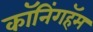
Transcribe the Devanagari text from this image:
कॉनिंगहॅम